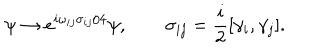
LaTeX: \psi \to e ^ { i \omega _ { i j } \sigma _ { i j } / 4 } \psi , \qquad \sigma _ { i j } = \frac { i } { 2 } [ \gamma _ { i } , \gamma _ { j } ] .